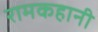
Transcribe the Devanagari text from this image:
रामकहानी